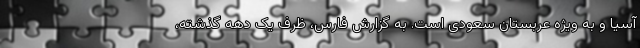
آسیا و به ویژه عربستان سعودی است. به گزارش فارس، ظرف یک دهه گذشته،